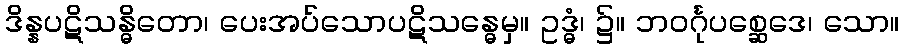
ဒိန္နပဋိသန္ဓိတော၊ ပေးအပ်သောပဋိသန္ဓေမှ။ ဥဒ္ဓံ၊ ၌။ ဘဝင်္ဂုပစ္ဆေဒေ၊ သော။